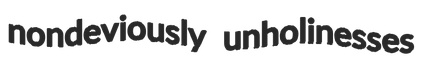
nondeviously unholinesses